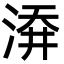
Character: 㴁